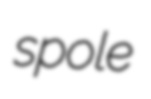
spole